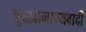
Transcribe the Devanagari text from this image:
बुद्धप्रामाण्यवादी